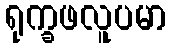
ရုက္ခဖလူပမာ